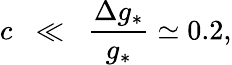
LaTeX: c\; \; \ll\; \; \frac{\Delta g_{*}}{g_{*}}\simeq 0.2,